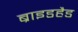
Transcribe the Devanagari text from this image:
ब्राइडहैड